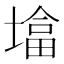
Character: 墖